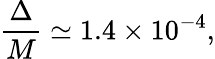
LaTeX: \frac{\Delta}{M}\simeq 1.4\times 10^{-4},